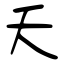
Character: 夭